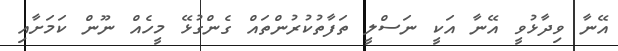
އޭނާ ވިދާޅުވީ އޭނާ އަކީ ނަސްލީ ތަފާތުކުރުންތައް ގެންގުޅޭ މީހެއް ނޫން ކަމަށާއި